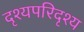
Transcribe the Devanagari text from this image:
दृश्यपरिदृश्य